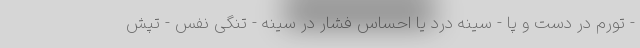
- تورم در دست و پا - سینه درد یا احساس فشار در سینه - تنگی نفس - تپش